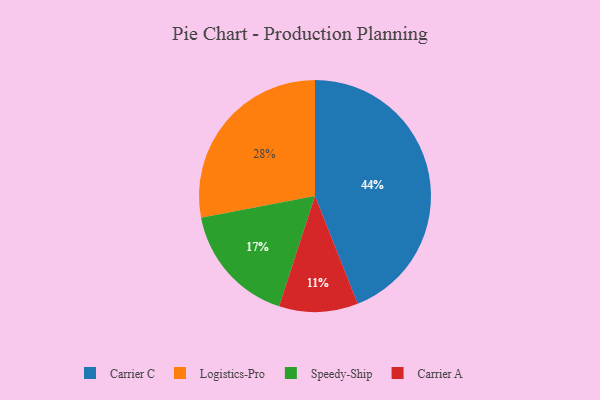
{"axis": {"x": "Category", "y": "Percentage"}, "legend": ["Carrier A", "Carrier C", "Logistics-Pro", "Speedy-Ship"], "data": [{"x": "Speedy-Ship", "y": 17, "type": "Speedy-Ship"}, {"x": "Logistics-Pro", "y": 28, "type": "Logistics-Pro"}, {"x": "Carrier C", "y": 44, "type": "Carrier C"}, {"x": "Carrier A", "y": 11, "type": "Carrier A"}]}